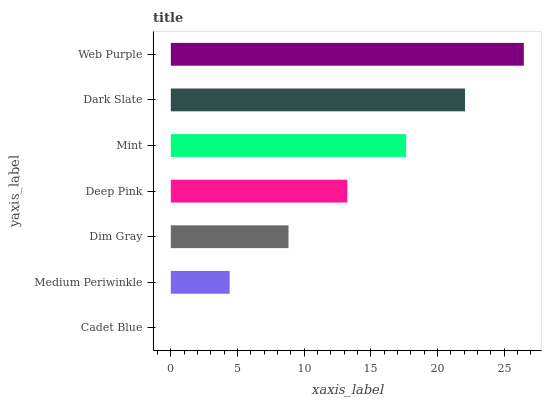
| yaxis_label | bars |
 | --- | --- |
 | Cadet Blue | 0 |
 | Medium Periwinkle | 4.41 |
 | Dim Gray | 8.82 |
 | Deep Pink | 13.2 |
 | Mint | 17.6 |
 | Dark Slate | 22.1 |
 | Web Purple | 26.5 |